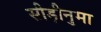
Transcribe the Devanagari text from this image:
सीड़ीनुमा